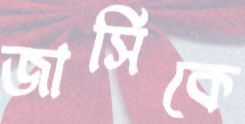
জার্সিকে